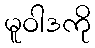
မူဝါဒကို